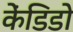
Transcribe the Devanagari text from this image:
केंडिडो